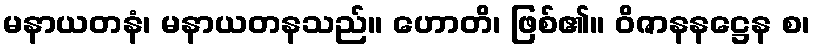
မနာယတနံ၊ မနာယတနသည်။ ဟောတိ၊ ဖြစ်၏။ ဝိဇာနနဋ္ဌေန စ၊